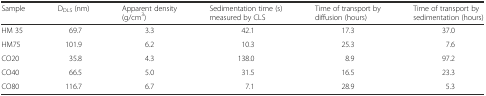
<table><thead><tr><td><b>Sample</b></td><td><b>D<sub>DLS</sub> (nm)</b></td><td><b>Apparent density (g/cm<sup>3</sup>)</b></td><td><b>Sedimentation time (s) measured by CLS</b></td><td><b>Time of transport by diffusion (hours)</b></td><td><b>Time of transport by sedimentation (hours)</b></td></tr></thead><tbody><tr><td>HM 35</td><td>69.7</td><td>3.3</td><td>42.1</td><td>17.3</td><td>37.0</td></tr><tr><td>HM75</td><td>101.9</td><td>6.2</td><td>10.3</td><td>25.3</td><td>7.6</td></tr><tr><td>CO20</td><td>35.8</td><td>4.3</td><td>138.0</td><td>8.9</td><td>97.2</td></tr><tr><td>CO40</td><td>66.5</td><td>5.0</td><td>31.5</td><td>16.5</td><td>23.3</td></tr><tr><td>CO80</td><td>116.7</td><td>6.7</td><td>7.1</td><td>28.9</td><td>5.3</td></tr></tbody></table>